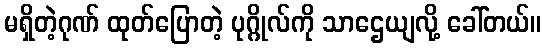
မရှိတဲ့ဂုဏ် ထုတ်ပြောတဲ့ ပုဂ္ဂိုလ်ကို သာဌေယျလို့ ခေါ်တယ်။